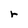
Character: r